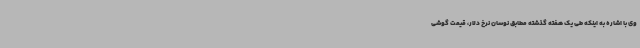
وی با اشاره به اینکه طی یک هفته گذشته مطابق نوسان نرخ دلار، قیمت گوشی